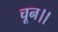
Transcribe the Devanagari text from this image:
चून।।